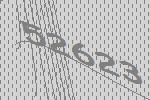
52623